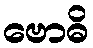
ဗောဓိ